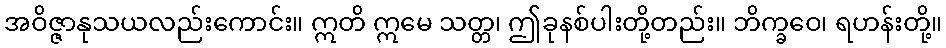
အဝိဇ္ဇာနုသယလည်းကောင်း။ ဣတိ ဣမေ သတ္တ၊ ဤခုနစ်ပါးတို့တည်း။ ဘိက္ခဝေ၊ ရဟန်းတို့။